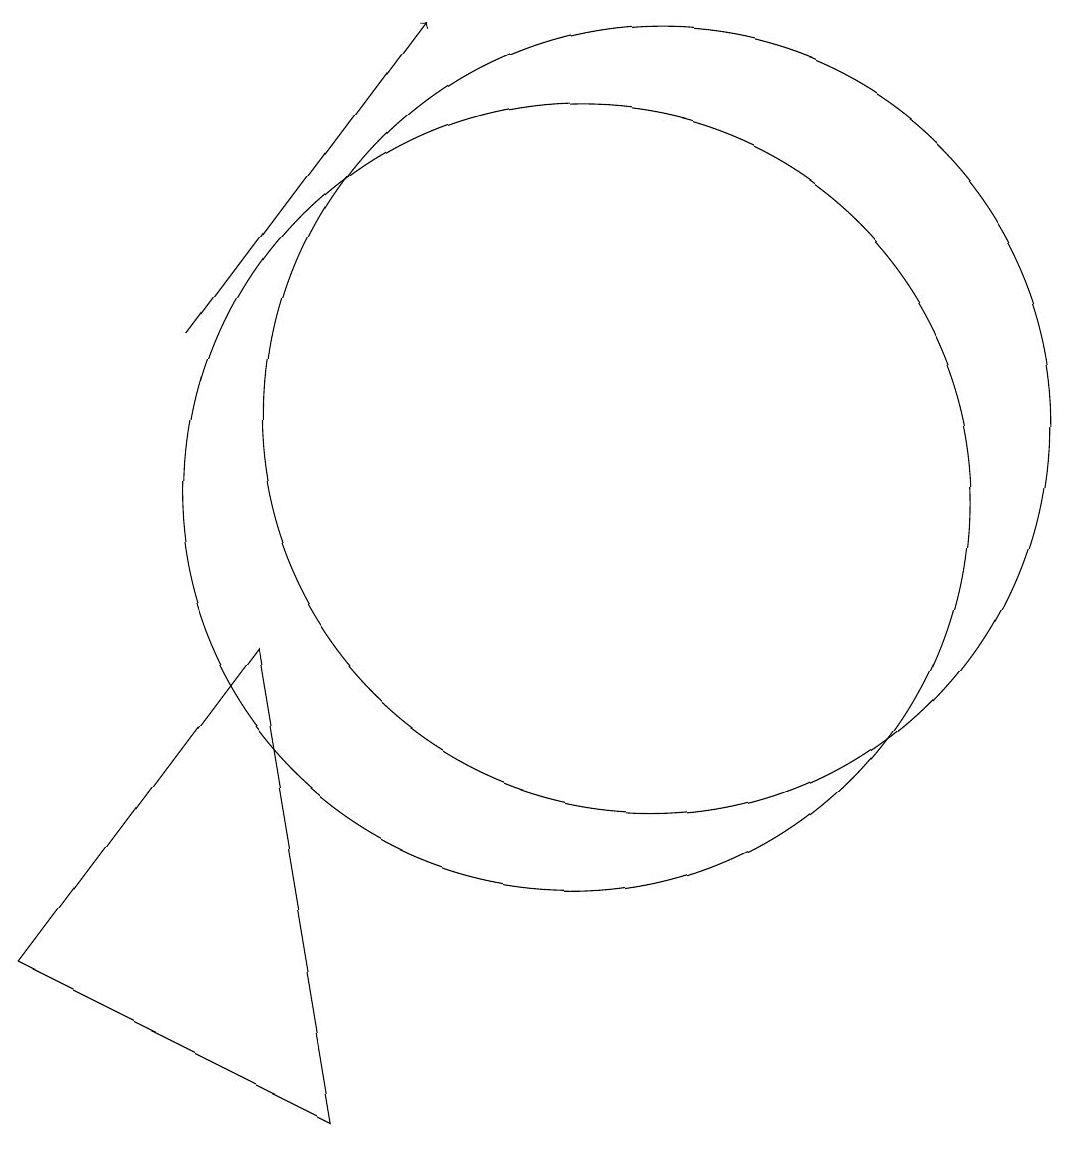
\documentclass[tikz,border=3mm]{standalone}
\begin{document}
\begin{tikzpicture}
\draw[->] (5,13) -- (8,17);
\draw (10,11) circle (5);
\draw (6,9) -- (3,5) -- (7,3) -- cycle;
\draw (11,12) circle (5);
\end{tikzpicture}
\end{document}